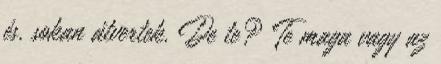
és. sokan átvertek. De te? Te maga vagy az